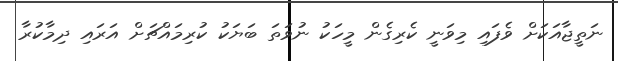
ނަތީޖާއަކަށް ވެފައި މިވަނީ ކެރިގެން މީހަކު ނުވަތަ ބަޔަކު ކުރިމައްޗަށް އަރައި ދިމާކުރާ